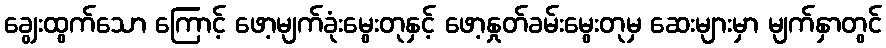
ချွေးထွက်သော ကြောင့် ဖော့မျက်ခုံးမွေးတုနှင့် ဖော့နှုတ်ခမ်းမွေးတုမှ ဆေးများမှာ မျက်နှာတွင်